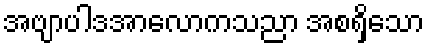
အဗျာပါဒအာလောကသညာ အစရှိသော